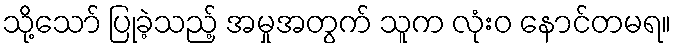
သို့သော် ပြုခဲ့သည့် အမှုအတွက် သူက လုံးဝ နောင်တမရ။